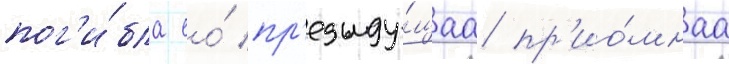
пог'и́бла ео́ пр'едыду́щаа пр'ио́мнаа